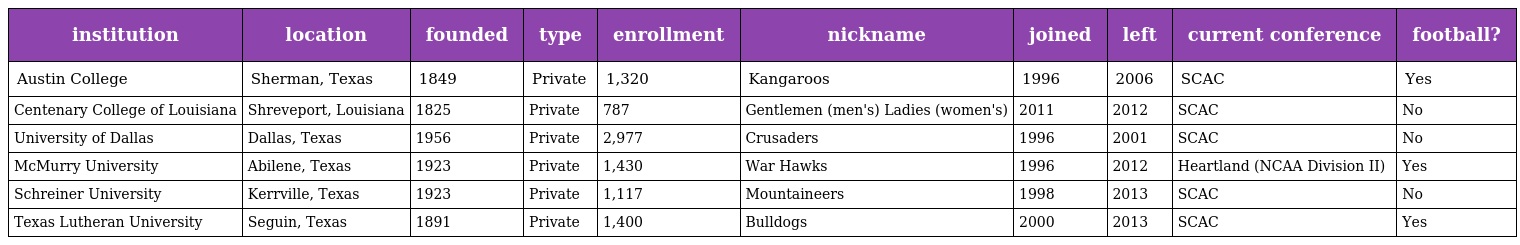
| institution | location | founded | type | enrollment | nickname | joined | left | current conference | football? |
 | --- | --- | --- | --- | --- | --- | --- | --- | --- | --- |
 | Austin College | Sherman, Texas | 1849 | Private | 1,320 | Kangaroos | 1996 | 2006 | SCAC | Yes |
 | Centenary College of Louisiana | Shreveport, Louisiana | 1825 | Private | 787 | Gentlemen (men's) Ladies (women's) | 2011 | 2012 | SCAC | No |
 | University of Dallas | Dallas, Texas | 1956 | Private | 2,977 | Crusaders | 1996 | 2001 | SCAC | No |
 | McMurry University | Abilene, Texas | 1923 | Private | 1,430 | War Hawks | 1996 | 2012 | Heartland (NCAA Division II) | Yes |
 | Schreiner University | Kerrville, Texas | 1923 | Private | 1,117 | Mountaineers | 1998 | 2013 | SCAC | No |
 | Texas Lutheran University | Seguin, Texas | 1891 | Private | 1,400 | Bulldogs | 2000 | 2013 | SCAC | Yes |